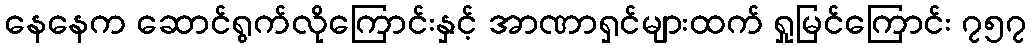
နေနေက ဆောင်ရွက်လိုကြောင်းနှင့် အာဏာရှင်များထက် ရှုမြင်ကြောင်း ၇၅၇